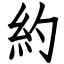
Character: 約